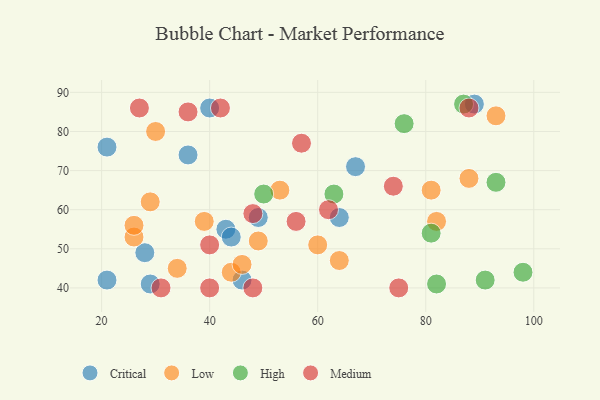
{"axis": {"x": "GDP", "y": "Life Expectancy"}, "legend": ["Critical", "High", "Low", "Medium"], "data": [{"x": "21", "y": 42, "type": "Critical"}, {"x": "64", "y": 58, "type": "Critical"}, {"x": "40", "y": 86, "type": "Critical"}, {"x": "29", "y": 41, "type": "Critical"}, {"x": "46", "y": 42, "type": "Critical"}, {"x": "43", "y": 55, "type": "Critical"}, {"x": "44", "y": 53, "type": "Critical"}, {"x": "21", "y": 76, "type": "Critical"}, {"x": "67", "y": 71, "type": "Critical"}, {"x": "49", "y": 58, "type": "Critical"}, {"x": "89", "y": 87, "type": "Critical"}, {"x": "28", "y": 49, "type": "Critical"}, {"x": "36", "y": 74, "type": "Critical"}, {"x": "82", "y": 57, "type": "Low"}, {"x": "34", "y": 45, "type": "Low"}, {"x": "26", "y": 53, "type": "Low"}, {"x": "30", "y": 80, "type": "Low"}, {"x": "44", "y": 44, "type": "Low"}, {"x": "39", "y": 57, "type": "Low"}, {"x": "49", "y": 52, "type": "Low"}, {"x": "81", "y": 65, "type": "Low"}, {"x": "29", "y": 62, "type": "Low"}, {"x": "26", "y": 56, "type": "Low"}, {"x": "46", "y": 46, "type": "Low"}, {"x": "88", "y": 68, "type": "Low"}, {"x": "60", "y": 51, "type": "Low"}, {"x": "64", "y": 47, "type": "Low"}, {"x": "53", "y": 65, "type": "Low"}, {"x": "93", "y": 84, "type": "Low"}, {"x": "76", "y": 82, "type": "High"}, {"x": "82", "y": 41, "type": "High"}, {"x": "91", "y": 42, "type": "High"}, {"x": "63", "y": 64, "type": "High"}, {"x": "98", "y": 44, "type": "High"}, {"x": "50", "y": 64, "type": "High"}, {"x": "81", "y": 54, "type": "High"}, {"x": "87", "y": 87, "type": "High"}, {"x": "93", "y": 67, "type": "High"}, {"x": "62", "y": 60, "type": "Medium"}, {"x": "36", "y": 85, "type": "Medium"}, {"x": "48", "y": 59, "type": "Medium"}, {"x": "57", "y": 77, "type": "Medium"}, {"x": "88", "y": 86, "type": "Medium"}, {"x": "48", "y": 40, "type": "Medium"}, {"x": "40", "y": 40, "type": "Medium"}, {"x": "56", "y": 57, "type": "Medium"}, {"x": "40", "y": 51, "type": "Medium"}, {"x": "74", "y": 66, "type": "Medium"}, {"x": "42", "y": 86, "type": "Medium"}, {"x": "31", "y": 40, "type": "Medium"}, {"x": "75", "y": 40, "type": "Medium"}, {"x": "27", "y": 86, "type": "Medium"}]}